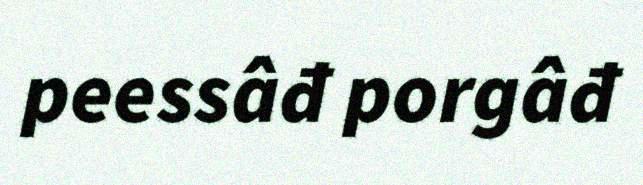
peessâđ porgâđ